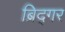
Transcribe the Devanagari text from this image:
ब्रिद्गर